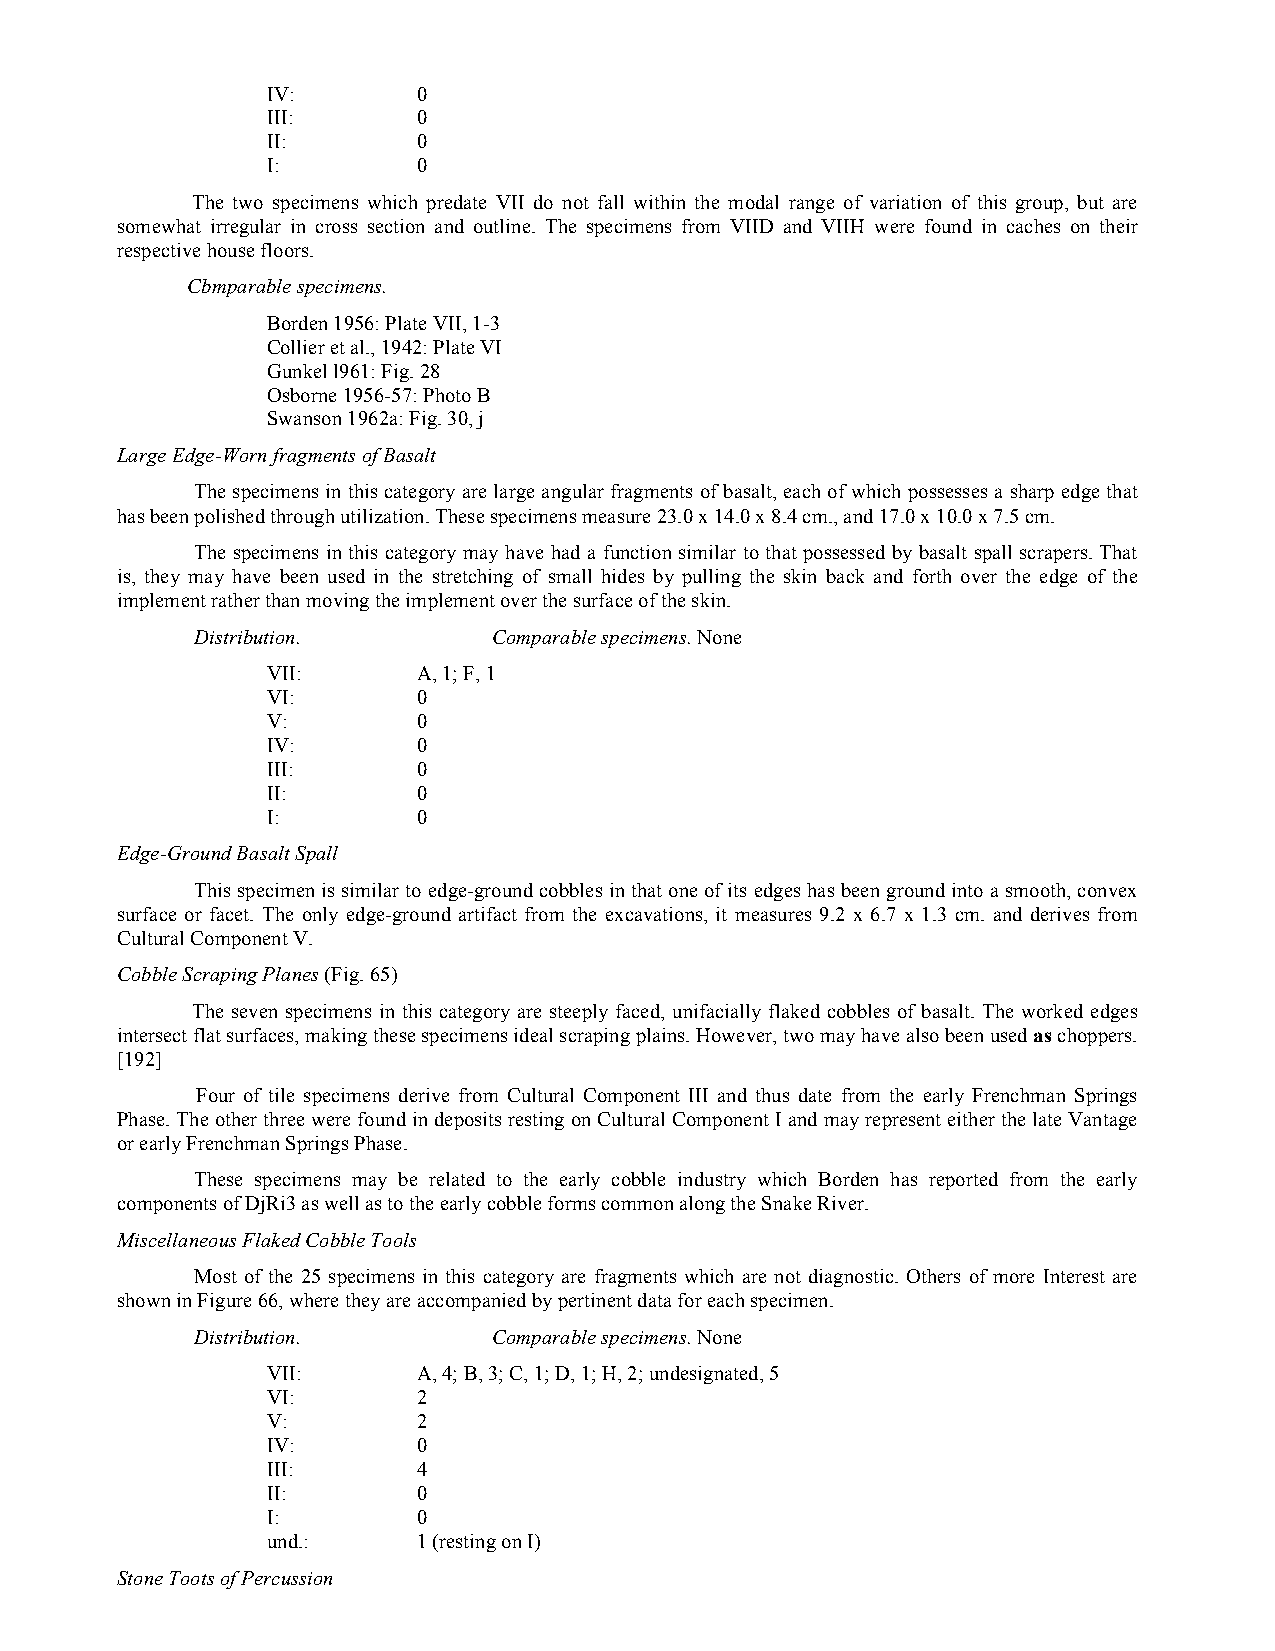
IV:       0
 III:      0
 II:       0
 I:        0
 The two specimens which predate VII do not fall within the modal range of variation of this group, but are
 somewhat irregular in cross section and outline. The specimens from VIID and VIIH were found in caches on their
 respective house floors.
 Cbmparable specimens.
 Borden 1956: Plate VII, 1-3
 Collier et al., 1942: Plate VI
 Gunkel l961: Fig. 28
 Osborne 1956-57: Photo B
 Swanson 1962a: Fig. 30, j
 Large Edge-Worn fragments of Basalt
 The specimens in this category are large angular fragments of basalt, each of which possesses a sharp edge that
 has been polished through utilization. These specimens measure 23.0 x 14.0 x 8.4 cm., and 17.0 x 10.0 x 7.5 cm.
 The specimens in this category may have had a function similar to that possessed by basalt spall scrapers. That
 is, they may have been used in the stretching of small hides by pulling the skin back and forth over the edge of the
 implement rather than moving the implement over the surface of the skin.
 Distribution.       Comparable specimens. None
 VII:      A, 1; F, 1
 VI:       0
 V:        0
 IV:       0
 III:      0
 II:       0
 I:        0
 Edge-Ground Basalt Spall
 This specimen is similar to edge-ground cobbles in that one of its edges has been ground into a smooth, convex
 surface or facet. The only edge-ground artifact from the excavations, it measures 9.2 x 6.7 x 1.3 cm. and derives from
 Cultural Component V.
 Cobble Scraping Planes (Fig. 65)
 The seven specimens in this category are steeply faced, unifacially flaked cobbles of basalt. The worked edges
 intersect flat surfaces, making these specimens ideal scraping plains. However, two may have also been used as choppers.
 [192]
 Four of tile specimens derive from Cultural Component III and thus date from the early Frenchman Springs
 Phase. The other three were found in deposits resting on Cultural Component I and may represent either the late Vantage
 or early Frenchman Springs Phase.
 These specimens may be related to the early cobble industry which Borden has reported from the early
 components of DjRi3 as well as to the early cobble forms common along the Snake River.
 Miscellaneous Flaked Cobble Tools
 Most of the 25 specimens in this category are fragments which are not diagnostic. Others of more Interest are
 shown in Figure 66, where they are accompanied by pertinent data for each specimen.
 Distribution.       Comparable specimens. None
 VII:      A, 4; B, 3; C, 1; D, 1; H, 2; undesignated, 5
 VI:       2
 V:        2
 IV:       0
 III:      4
 II:       0
 I:        0
 und.:     1 (resting on I)
 Stone Toots of Percussion